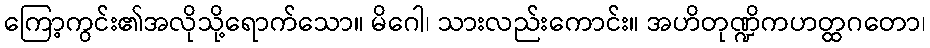
ကြော့ကွင်း၏အလိုသို့ရောက်သော။ မိဂေါ၊ သားလည်းကောင်း။ အဟိတုဏ္ဍိကဟတ္ထဂတော၊